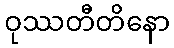
ဝုဿတီတိနော